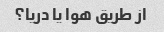
از طریق هوا یا دریا؟